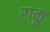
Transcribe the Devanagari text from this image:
राकू